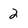
Character: 2